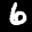
Label: 6